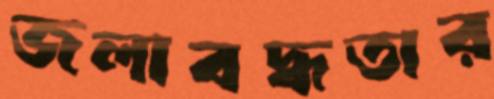
জলাবদ্ধতার